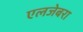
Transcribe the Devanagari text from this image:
एलजेबरा